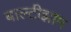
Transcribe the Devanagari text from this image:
बाल्टीझाम